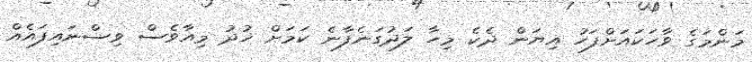
މަންމަގެ ވާހަކައަށްފަހު އިޔަން ދެކެ މިހާ ލަދުގަނެފާނެ ކަމަށް ޚުދު މިއާވެސް ވިސްނައިފައެއް